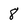
Character: 8